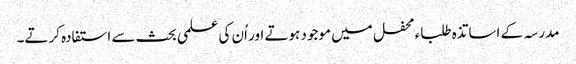
مدرسہ کے اساتذہ طلباء محفل میں موجود ہوتے اور اُن کی علمی بحث سے استفادہ کرتے۔